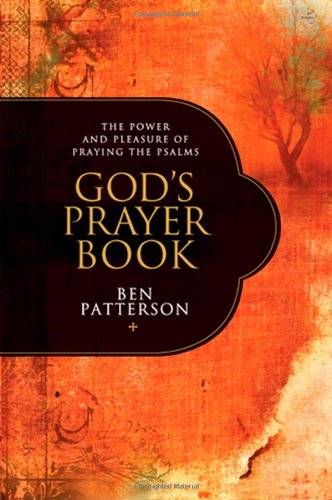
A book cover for God's Prayer Book: The Power and Pleasure of Praying the Psalms; Ben Patterson; Christian Books & Bibles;